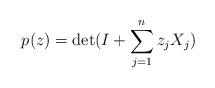
LaTeX: \begin{align*}p(z) = \det( I + \sum_{j=1}^{n} z_j X_j)\end{align*}